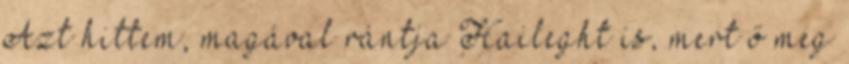
Azt hittem, magával rántja Haileght is, mert ő meg